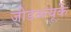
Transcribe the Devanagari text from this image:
जीडब्ल्यूके